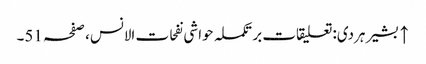
↑ بشیر ہردی: تعلیقات بر تکملہ حواشی نفحات الانس، صفحہ 51۔